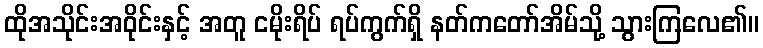
ထိုအသိုင်းအဝိုင်းနှင့် အတူ ငမိုးရိပ် ရပ်ကွက်ရှိ နတ်ကတော်အိမ်သို့ သွားကြလေ၏။